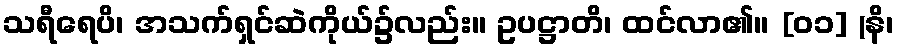
သရီရေပိ၊ အသက်ရှင်ဆဲကိုယ်၌လည်း။ ဥပဋ္ဌာတိ၊ ထင်လာ၏။ [၀၁] (နိ၊